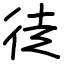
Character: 徒